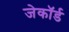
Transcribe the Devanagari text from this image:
जेकॉर्ड